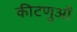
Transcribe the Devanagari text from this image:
कीटणुओं